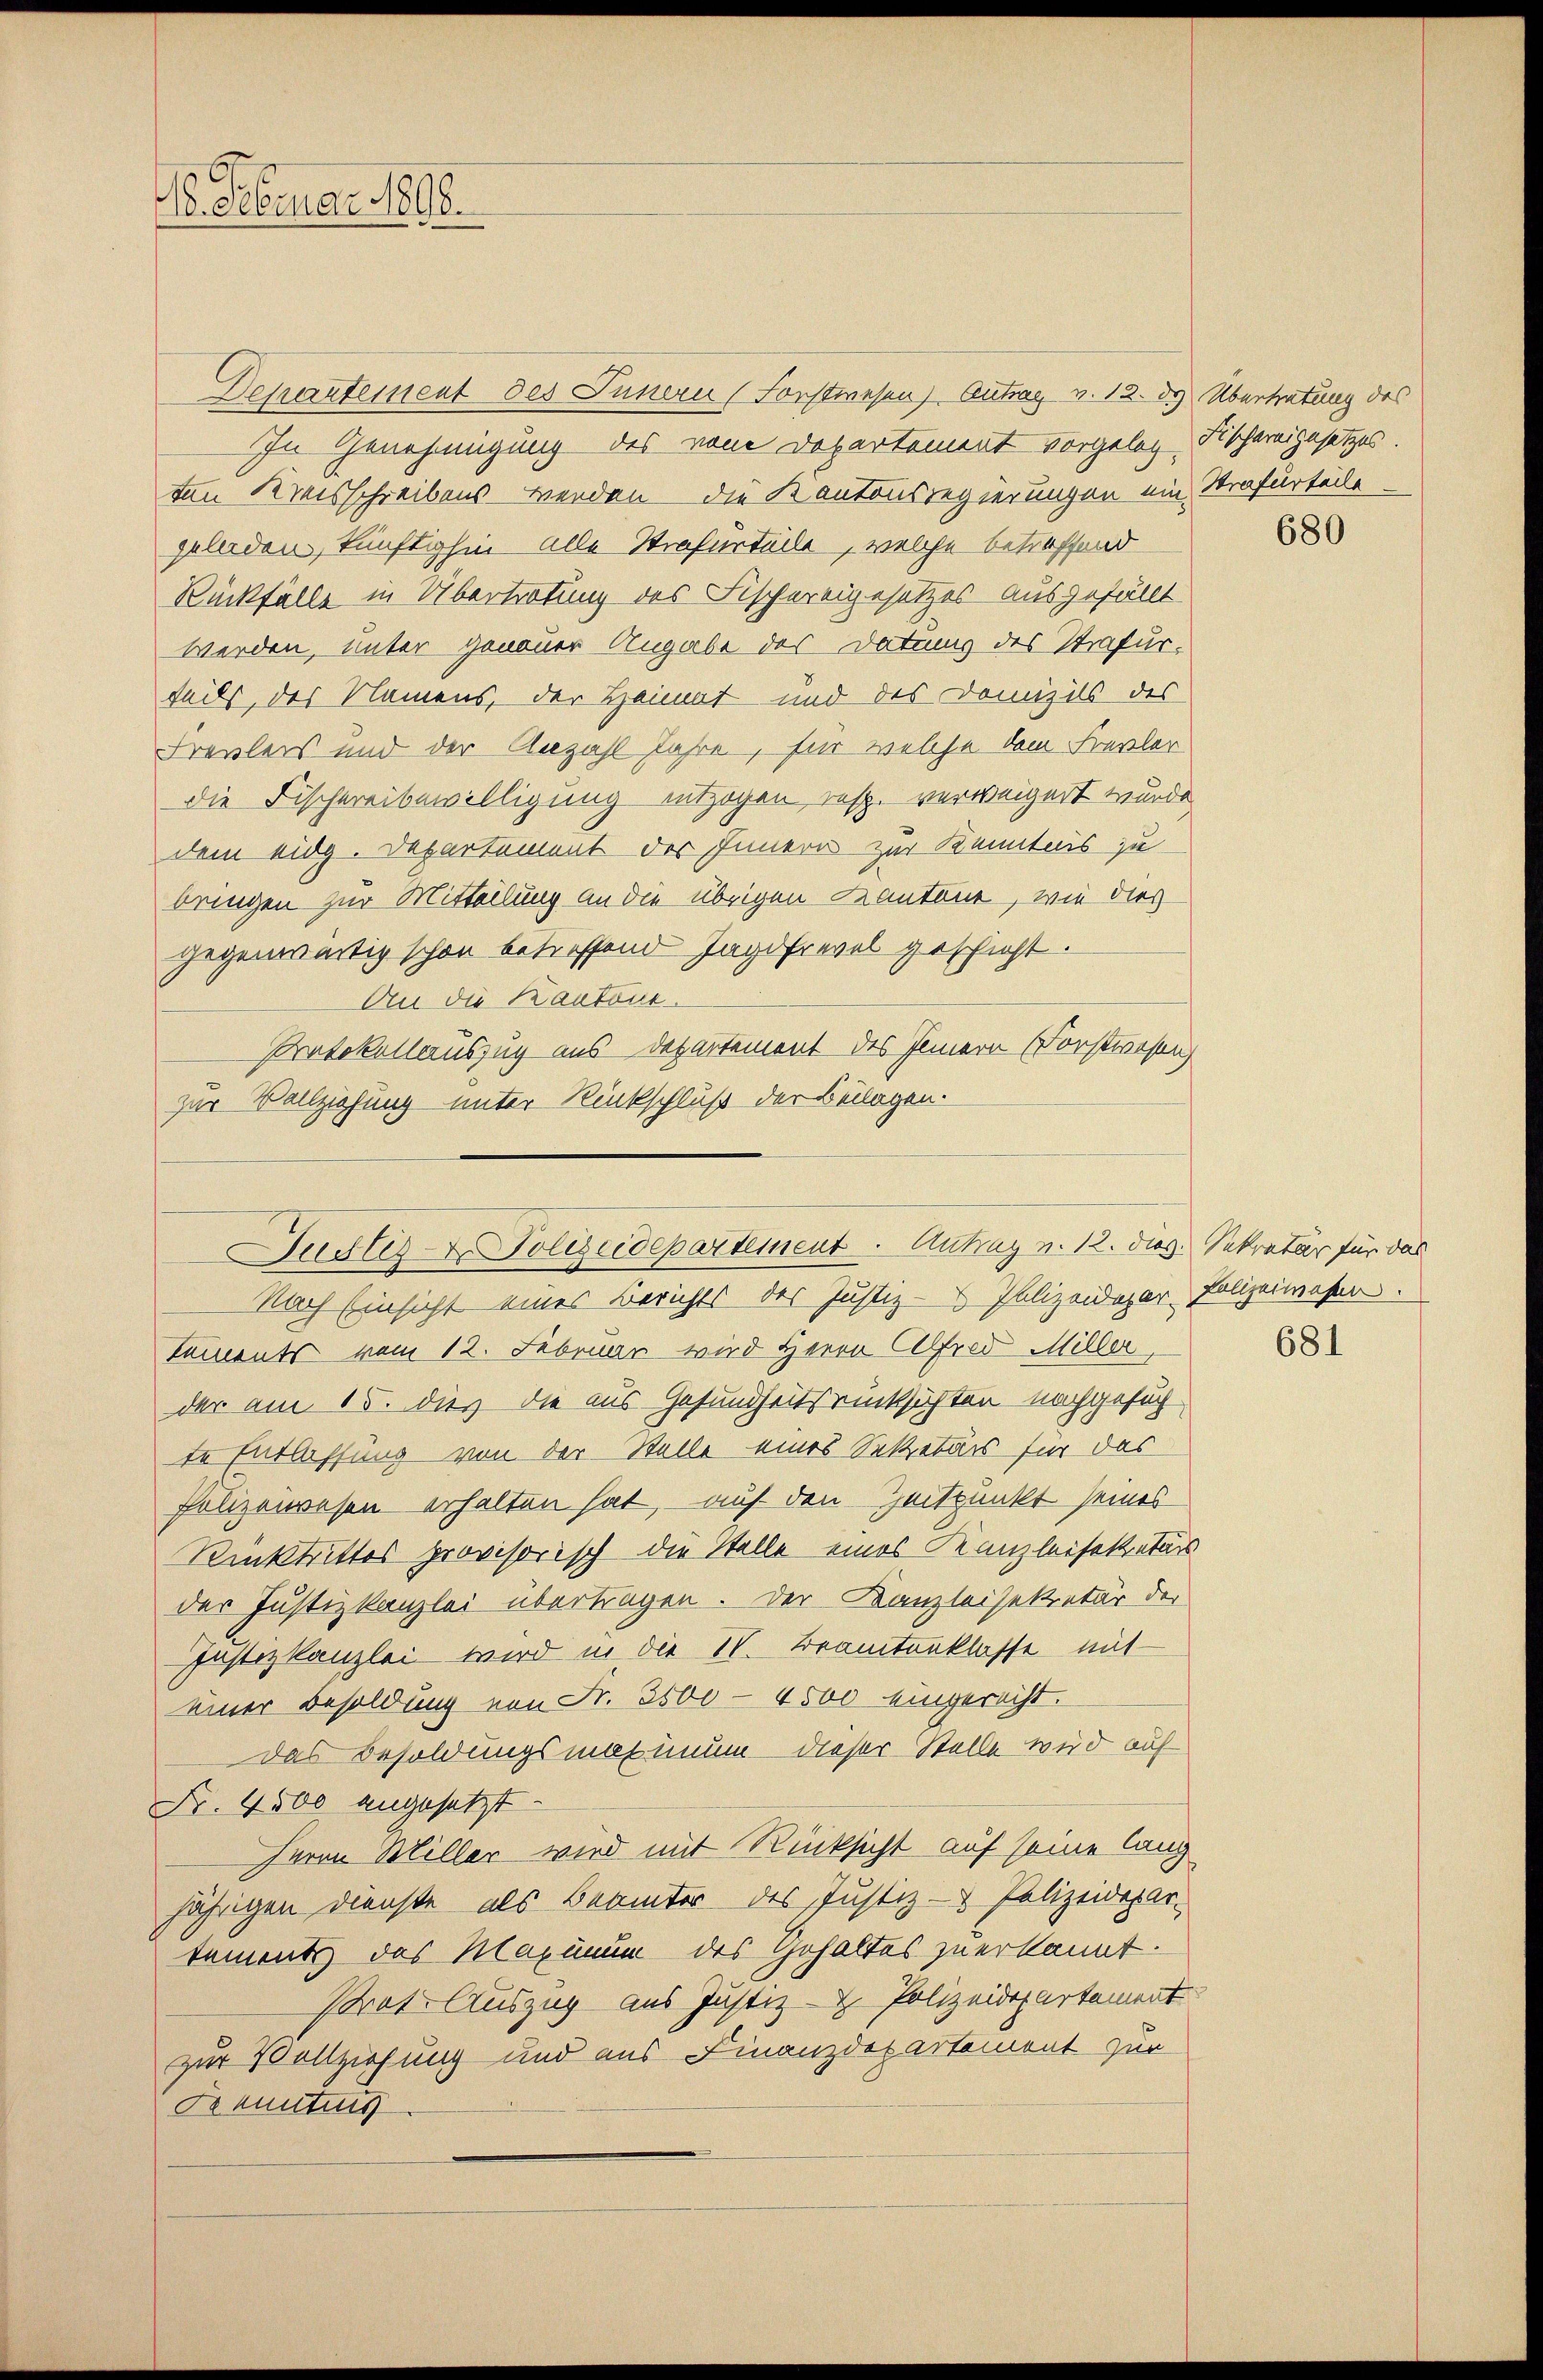
16. Februar 1898.

Departement des Innern (Forstwesen) Antrag v. 12. d. Übertretung des
In Genehmigung des von Departement vorgeleg Fischereigesetzes.
ten Kreisschreibens - werden die Kantonsregierungen ein Strafurteile
geladen, künftighin alle Strafurteile, welche betreffend
Rückfälle in Übertretung des Fischereigesetzes ausgefällt
werden, unter genauer Angabe des Datum des Strafurteils, des Namens, der Heimat und des Domizils des
Frevlers und der Anzahl Jahre, für welche dem Frevler
die Fischereibewilligung entzogen resp. verweigert wurde.
dem eidg. Departement des Innern zur Kenntnis zu
bringen zur Mitteilung an die übrigen Kantone, wie dies
gegenwärtig schon betreffend Jagdfrevel geschieht.
An die Kantone.
Protokollauszug aus Departement des Innern Forstwesen
zur Vollziehung unter Rückschluß der Belagen.
Nach Einsicht eines Berichts des Justiz- & Polizeidepar- Polizeiwesen.
Tements vom 12. Februar wird Herrn Alfred Miller,
der am 15. Diez die aus Gesundheitsrücksichten nachgesuch
te Entlassung von der Stelle eines Sekretärs für das
Polizeiwesen erhalten hat, auf den Zeitpunkt seines
Rücktrittes provisorisch die Stelle eines Kanzleisekretär
der Justizkanzlei übertragen. Der Kanzleisekretär der
Justizkanzlei wird in die 1. Beamtenklasse mit
einer Besoldung von Fr. 3500 - 4500 eingerecht.
das Besoldungsmaximum dieser Stelle wird auf
Nr. 4500 angesetzt.
Herrn Miller wird mit Rücksicht auf seine lang
jährigen Dienste als Beamter des Justiz- & Polizeidepar-
tements des Maximum des Gehaltes zu erkannt.
Prat. Auszug aus Justiz- & Polizeidepartement
zur Vollziehung und aus Finanzdepartement zur
Kenntnis

Judtes - Polizeidepartement. Antrag v. 12. dies. Sekretär für das

680

681